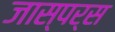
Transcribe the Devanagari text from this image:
जास्पर्स